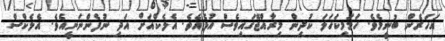
އަހަރެން ބުނީމެވެ. ހަމަމިކަހަލަ ކުދިން މިރާއްޖޭގައިވެސް އުޅެއެވެ. އެލެކްއަށް އަދި ނުފެންނަނީއެވެ. އެލެކްސް